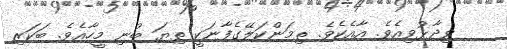
ވިދާޅުވިއެވެ. އާއެކެވެ. ތިމަންކަލޭގެފާނަކީ ތިޔަ ބުނި މީހާއެވެ. ބަކަރި